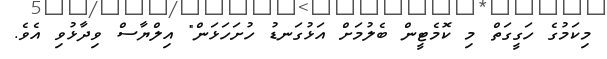
މިކަމުގެ ހަގީގަތް މި ކޮމެޓީން ބެލުމަށް އަޅުގަނޑު ހުށަހަޅަން" އިލްޔާސް ވިދާޅުވި އެވެ.